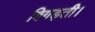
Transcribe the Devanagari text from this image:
बिगड़ती।